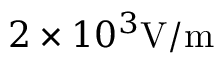
2 \times 1 0 ^ { 3 } \mathrm { V / m }